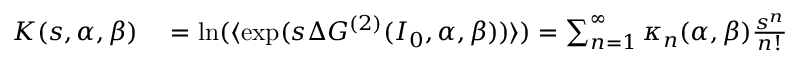
\begin{array} { r l } { K ( s , \alpha , \beta ) } & { { } = \ln ( \langle \exp ( s \Delta G ^ { ( 2 ) } ( I _ { 0 } , \alpha , \beta ) ) \rangle ) = \sum _ { n = 1 } ^ { \infty } { \kappa _ { n } ( \alpha , \beta ) \frac { s ^ { n } } { n ! } } } \end{array}